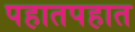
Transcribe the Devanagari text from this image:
पहातपहात